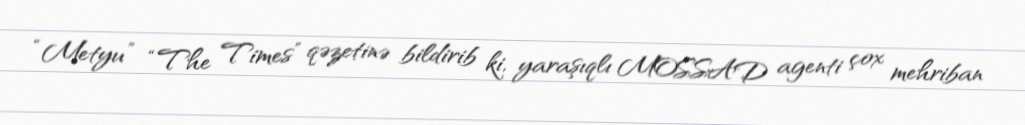
“Metyu” “The Times” qəzetinə bildirib ki, yaraşıqlı MOSSAD agenti çox mehriban